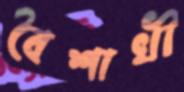
বৈশাখী